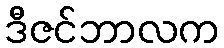
ဒီဇင်ဘာလက